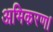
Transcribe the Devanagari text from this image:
अभिकरण।